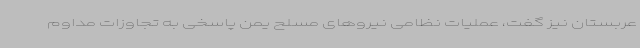
عربستان نیز گفت، عملیات نظامی نیروهای مسلح یمن پاسخی به تجاوزات مداوم